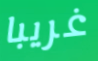
غريبا